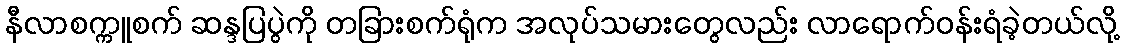
နီလာစက္ကူစက် ဆန္ဒပြပွဲကို တခြားစက်ရုံက အလုပ်သမားတွေလည်း လာရောက်ဝန်းရံခဲ့တယ်လို့